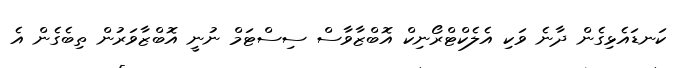
ކަނޑައެޅިގެން ދާނެ ވަކި އެލެކްޓްރޯނިކް އޮބްޒާވާސް ސިސްޓަމް ނުނީ އޮބްޒާވަރުން ތިބެގެން އެ